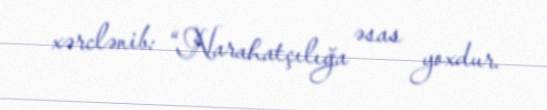
xərclənib: “Narahatçılığa əsas yoxdur.